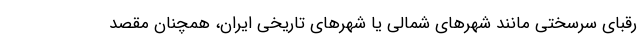
رقبای سرسختی مانند شهرهای شمالی یا شهرهای تاریخی ایران، همچنان مقصد